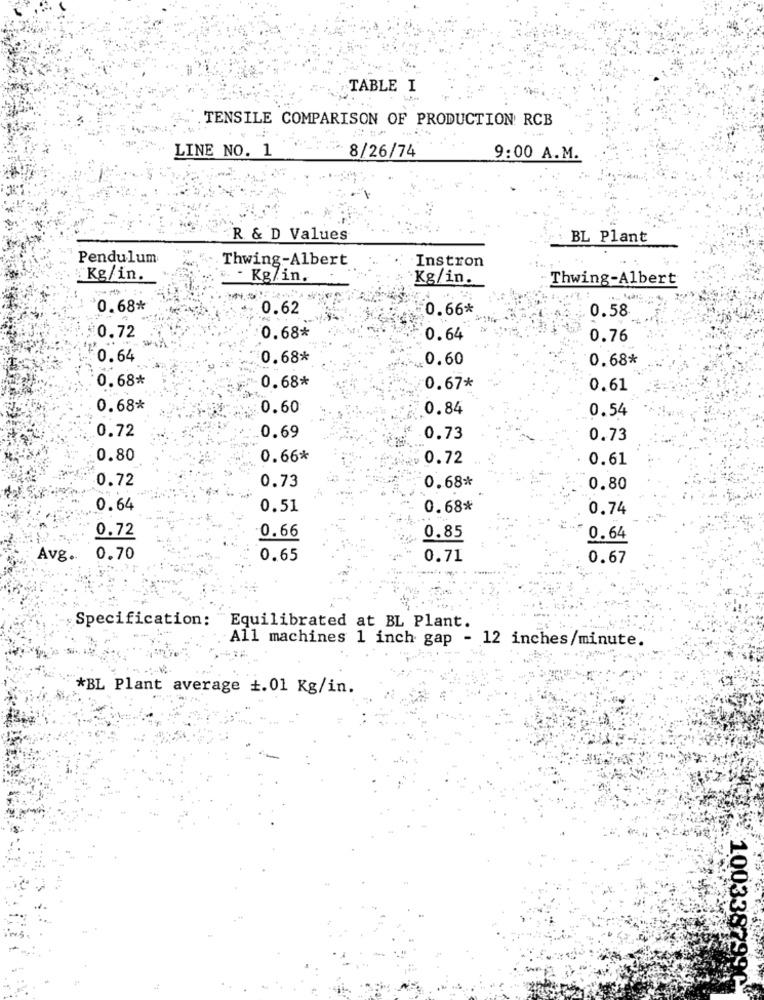
TABLE I
TENSILE COMPARISON OF PRODUCTION RCB
LINE NO. 1
8/26/74
9:00 A.M.
R & D Values
BL Plant
Pendulum
Thwing-Albert
Instron
Kg/in.
". - Kg/in.
Kg/in.
Thwing-Albert
0.68*
0.62
0.66*
0.58
0.72
0.68*
0.64
0.76
0.64
0.68*
0.60
0.68*
0.68*
0.68*
0.67*
0.61
0.68*
0.60
0.84
0.54
0.72
0.69
0.73
0.73
0.80
0.66*
0.72
0.61
0.72
0.68*
0.73
0.80
0.64
0.51
0.68*
0.74
0.72
0.66
0.85
0.64
Avg. 0.70
0.65
0.71
0.67
Specification:
Equilibrated at BL Plant.
All machines 1 inch gap - 12 inches/minute.
*BL Plant average +.01 Kg/in.
1003387994ª